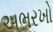
અભરખો